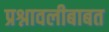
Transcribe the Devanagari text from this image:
प्रश्नावलीबाबत